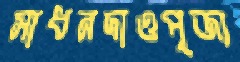
সাধনদাওপূজ্য